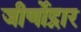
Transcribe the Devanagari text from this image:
जीर्णोद्नार